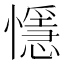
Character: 懚